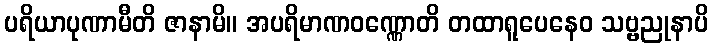
ပရိယာပုဏာမီတိ ဇာနာမိ။ အပရိမာဏဝဏ္ဏောတိ တထာရူပေနေဝ သဗ္ဗညုနာပိ